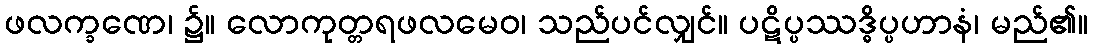
ဖလက္ခဏေ၊ ၌။ လောကုတ္တရဖလမေဝ၊ သည်ပင်လျှင်။ ပဋိပ္ပဿဒ္ဓိပ္ပဟာနံ၊ မည်၏။